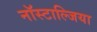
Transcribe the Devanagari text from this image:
नॉस्टाल्जिया